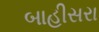
બાહીસરા